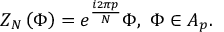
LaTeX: Z _ { N } \left( \Phi \right) = e ^ { \frac { i 2 \pi p } { N } } \Phi , \, \, \Phi \in A _ { p } .